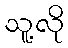
သူ့လို